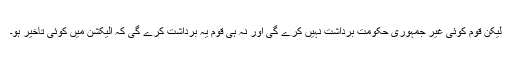
لیکن قوم کوئی غیر جمہوری حکومت برداشت نہیں کرے گی اور نہ ہی قوم یہ برداشت کرے گی کہ الیکشن میں کوئی تاخیر ہو۔